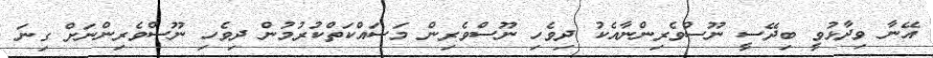
އޭނާ ވިދާޅުވީ ބިދޭސީ ނޫސްވެރިންނާއެކު ދިވެހި ނޫސްވެރިން މަސައްކަތްކުރުމުން ދިވެހި ނޫސްވެރިންނަށް ގިނަ